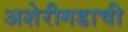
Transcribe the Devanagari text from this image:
अशेरीगडाची